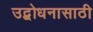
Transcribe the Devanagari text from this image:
उद्बोधनासाठी